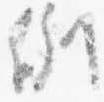
例